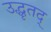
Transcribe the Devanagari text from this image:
उद्धृतद्